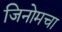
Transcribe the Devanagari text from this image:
जिनोमचा